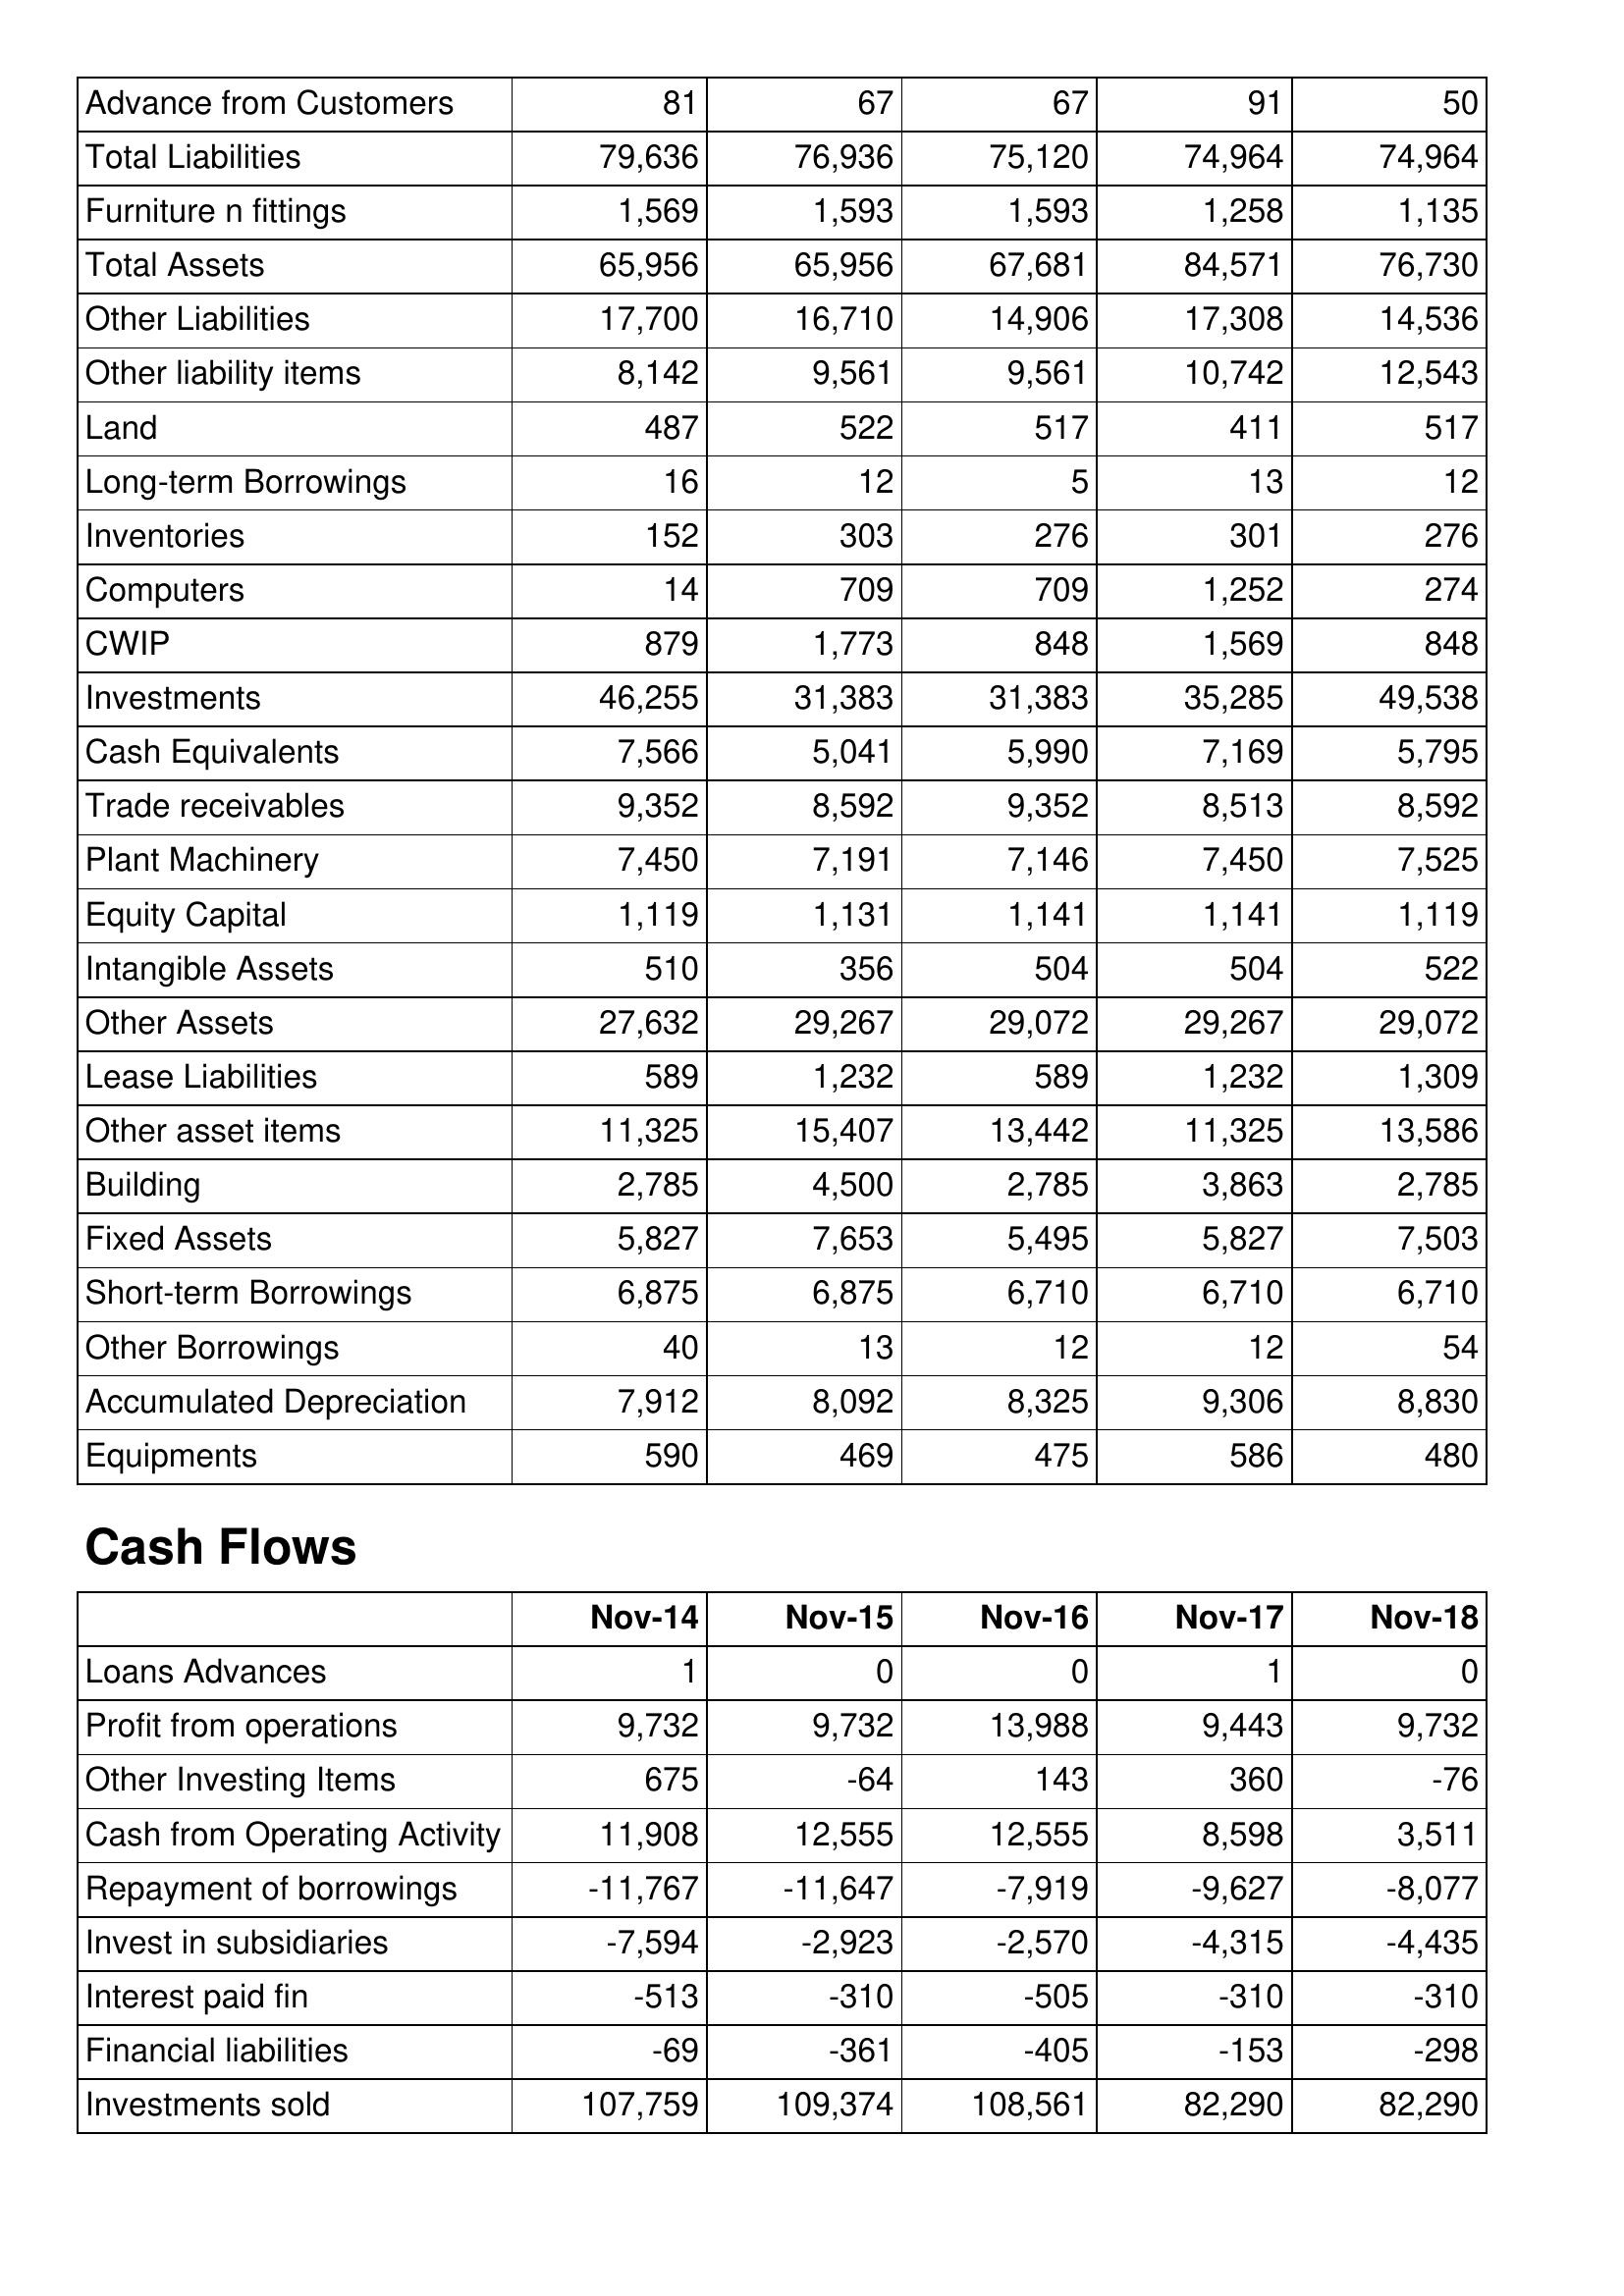
Nov-14: Balance Sheet: Advance from Customers: 81
Total Liabilities: 79,636
Furniture n fittings: 1,569
Total Assets: 65,956
Other Liabilities: 17,700
Other liability items: 8,142
Land: 487
Long-term Borrowings: 16
Inventories: 152
Computers: 14
CWIP: 879
Investments: 46,255
Cash Equivalents: 7,566
Trade receivables: 9,352
Plant Machinery: 7,450
Equity Capital: 1,119
Intangible Assets: 510
Other Assets: 27,632
Lease Liabilities: 589
Other asset items: 11,325
Building: 2,785
Fixed Assets: 5,827
Short-term Borrowings: 6,875
Other Borrowings: 40
Accumulated Depreciation: 7,912
Equipments: 590
Cash Flows: Loans Advances: 1
Profit from operations: 9,732
Other Investing Items: 675
Cash from Operating Activity: 11,908
Repayment of borrowings: -11,767
Invest in subsidiaries: -7,594
Interest paid fin: -513
Financial liabilities: -69
Investments sold: 107,759
Nov-15: Balance Sheet: Advance from Customers: 67
Total Liabilities: 76,936
Furniture n fittings: 1,593
Total Assets: 65,956
Other Liabilities: 16,710
Other liability items: 9,561
Land: 522
Long-term Borrowings: 12
Inventories: 303
Computers: 709
CWIP: 1,773
Investments: 31,383
Cash Equivalents: 5,041
Trade receivables: 8,592
Plant Machinery: 7,191
Equity Capital: 1,131
Intangible Assets: 356
Other Assets: 29,267
Lease Liabilities: 1,232
Other asset items: 15,407
Building: 4,500
Fixed Assets: 7,653
Short-term Borrowings: 6,875
Other Borrowings: 13
Accumulated Depreciation: 8,092
Equipments: 469
Cash Flows: Loans Advances: 0
Profit from operations: 9,732
Other Investing Items: -64
Cash from Operating Activity: 12,555
Repayment of borrowings: -11,647
Invest in subsidiaries: -2,923
Interest paid fin: -310
Financial liabilities: -361
Investments sold: 109,374
Nov-16: Balance Sheet: Advance from Customers: 67
Total Liabilities: 75,120
Furniture n fittings: 1,593
Total Assets: 67,681
Other Liabilities: 14,906
Other liability items: 9,561
Land: 517
Long-term Borrowings: 5
Inventories: 276
Computers: 709
CWIP: 848
Investments: 31,383
Cash Equivalents: 5,990
Trade receivables: 9,352
Plant Machinery: 7,146
Equity Capital: 1,141
Intangible Assets: 504
Other Assets: 29,072
Lease Liabilities: 589
Other asset items: 13,442
Building: 2,785
Fixed Assets: 5,495
Short-term Borrowings: 6,710
Other Borrowings: 12
Accumulated Depreciation: 8,325
Equipments: 475
Cash Flows: Loans Advances: 0
Profit from operations: 13,988
Other Investing Items: 143
Cash from Operating Activity: 12,555
Repayment of borrowings: -7,919
Invest in subsidiaries: -2,570
Interest paid fin: -505
Financial liabilities: -405
Investments sold: 108,561
Nov-17: Balance Sheet: Advance from Customers: 91
Total Liabilities: 74,964
Furniture n fittings: 1,258
Total Assets: 84,571
Other Liabilities: 17,308
Other liability items: 10,742
Land: 411
Long-term Borrowings: 13
Inventories: 301
Computers: 1,252
CWIP: 1,569
Investments: 35,285
Cash Equivalents: 7,169
Trade receivables: 8,513
Plant Machinery: 7,450
Equity Capital: 1,141
Intangible Assets: 504
Other Assets: 29,267
Lease Liabilities: 1,232
Other asset items: 11,325
Building: 3,863
Fixed Assets: 5,827
Short-term Borrowings: 6,710
Other Borrowings: 12
Accumulated Depreciation: 9,306
Equipments: 586
Cash Flows: Loans Advances: 1
Profit from operations: 9,443
Other Investing Items: 360
Cash from Operating Activity: 8,598
Repayment of borrowings: -9,627
Invest in subsidiaries: -4,315
Interest paid fin: -310
Financial liabilities: -153
Investments sold: 82,290
Nov-18: Balance Sheet: Advance from Customers: 50
Total Liabilities: 74,964
Furniture n fittings: 1,135
Total Assets: 76,730
Other Liabilities: 14,536
Other liability items: 12,543
Land: 517
Long-term Borrowings: 12
Inventories: 276
Computers: 274
CWIP: 848
Investments: 49,538
Cash Equivalents: 5,795
Trade receivables: 8,592
Plant Machinery: 7,525
Equity Capital: 1,119
Intangible Assets: 522
Other Assets: 29,072
Lease Liabilities: 1,309
Other asset items: 13,586
Building: 2,785
Fixed Assets: 7,503
Short-term Borrowings: 6,710
Other Borrowings: 54
Accumulated Depreciation: 8,830
Equipments: 480
Cash Flows: Loans Advances: 0
Profit from operations: 9,732
Other Investing Items: -76
Cash from Operating Activity: 3,511
Repayment of borrowings: -8,077
Invest in subsidiaries: -4,435
Interest paid fin: -310
Financial liabilities: -298
Investments sold: 82,290